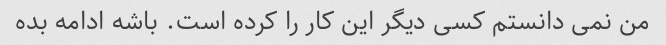
من نمی دانستم کسی دیگر این کار را کرده است. باشه ادامه بده